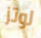
لوتز